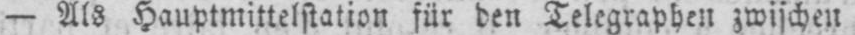
- Als Hauptmittelstation für den Telegraphen zwischen